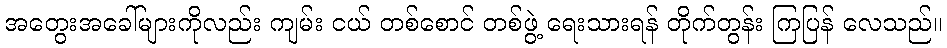
အတွေးအခေါ်များကိုလည်း ကျမ်း ငယ် တစ်စောင် တစ်ဖွဲ့ ရေးသားရန် တိုက်တွန်း ကြပြန် လေသည်။